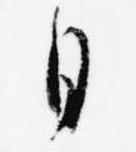
日